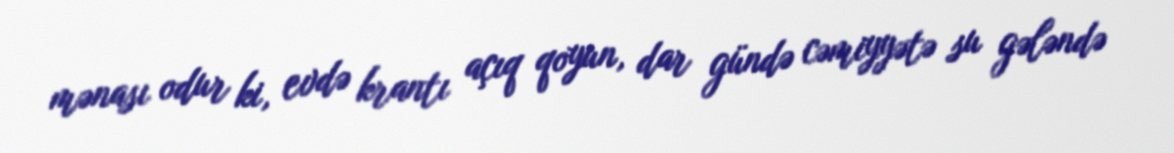
mənası odur ki, evdə krantı açıq qoyun, dar gündə cəmiyyətə su gələndə